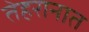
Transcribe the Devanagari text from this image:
तेहरानात